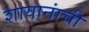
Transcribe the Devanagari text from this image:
शायानांची